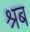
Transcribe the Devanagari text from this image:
श्रब